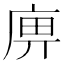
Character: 𢈷